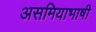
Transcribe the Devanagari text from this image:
असमियाभाषी